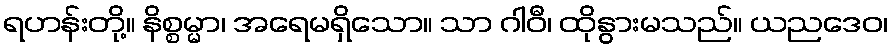
ရဟန်းတို့။ နိစ္စမ္မာ၊ အရေမရှိသော။ သာ ဂါဝီ၊ ထိုနွားမသည်။ ယညဒေဝ၊